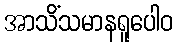
အာသိံသမာနရူပေါဝ